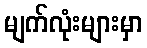
မျက်လုံးများမှာ